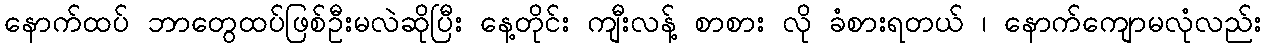
နောက်ထပ် ဘာတွေထပ်ဖြစ်ဦးမလဲဆိုပြီး နေ့တိုင်း ကျီးလန့် စာစား လို ခံစားရတယ် ၊ နောက်ကျောမလုံလည်း